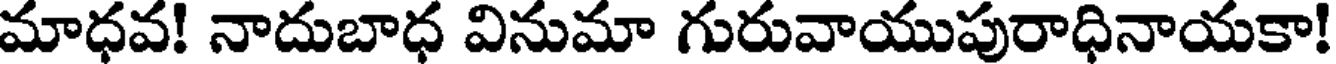
మాధవ! నాదుబాధ వినుమా గురువాయుపురాధినాయకా!